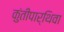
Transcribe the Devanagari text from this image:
कुंतीपार्थिवा